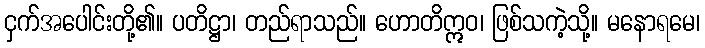
ငှက်အပေါင်းတို့၏။ ပတိဋ္ဌာ၊ တည်ရာသည်။ ဟောတိဣဝ၊ ဖြစ်သကဲ့သို့။ မနောရမေ၊